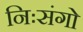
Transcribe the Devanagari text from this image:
निःसंगो